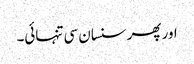
اور پھر سنسان سی تنہائی۔